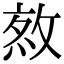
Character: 𢽯